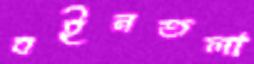
বইনতলা